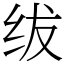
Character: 绂